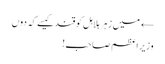
← میں زہر ہلاہل کو قند کیسے کہ دوں
وزیراعظم صاحب!